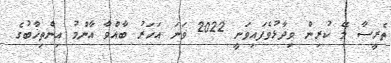
ތެރީސާ މޭ ކުރިން ވިދާޅުވެފައިވަނީ 2022 ވަނަ އަހަރު ބާއްވާ އާންމު އިންތިޚާބުގެ